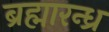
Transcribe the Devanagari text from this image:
ब्रह्मारन्ध्र